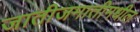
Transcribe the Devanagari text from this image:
जातीजमातीमधील